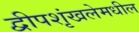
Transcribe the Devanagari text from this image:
द्वीपशृंखलेमधील